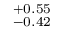
^ { + 0 . 5 5 } _ { - 0 . 4 2 }